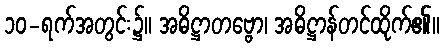
၁၀-ရက်အတွင်း၌။ အဓိဋ္ဌာတဗ္ဗော၊ အဓိဋ္ဌာန်တင်ထိုက်၏။